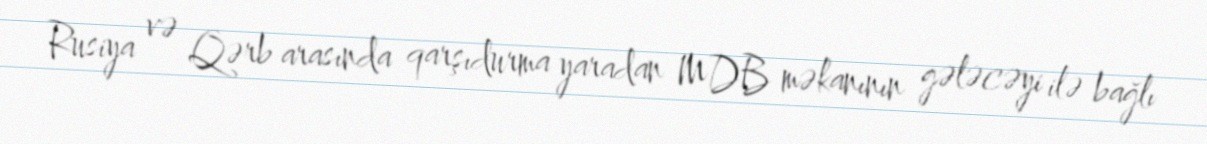
Rusiya və Qərb arasında qarşıdurma yaradan MDB məkanının gələcəyi ilə bağlı